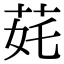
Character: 䒲